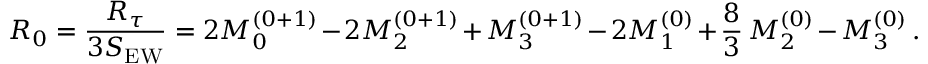
R _ { 0 } = { \frac { R _ { \tau } } { 3 S _ { \mathrm { E W } } } } = 2 { \cal M } _ { 0 } ^ { ( 0 + 1 ) } - 2 { \cal M } _ { 2 } ^ { ( 0 + 1 ) } + { \cal M } _ { 3 } ^ { ( 0 + 1 ) } - 2 { \cal M } _ { 1 } ^ { ( 0 ) } + { \frac { 8 } { 3 } } \, { \cal M } _ { 2 } ^ { ( 0 ) } - { \cal M } _ { 3 } ^ { ( 0 ) } \, .